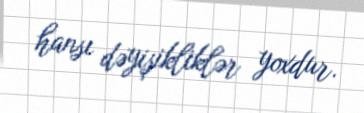
hansı dəyişikliklər yoxdur.